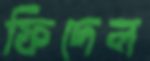
ফিদেল